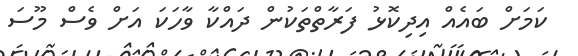
ކަމަށް ބައެއް އިދިކޮޅު ފަރާތްތަކުން ދައްކާ ވާހަކަ އަށް ވެސް މޫސަ